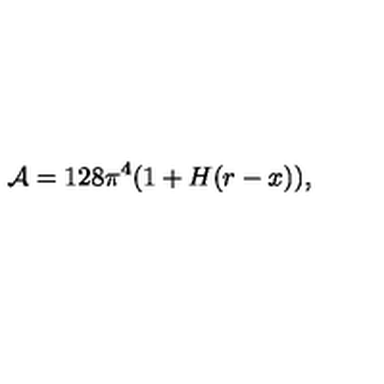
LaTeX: { \cal A } = 1 2 8 \pi ^ { 4 } ( 1 + H ( r - x ) ) ,